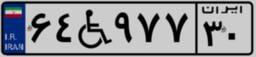
۶۴W۹۷۷۳۰